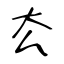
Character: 厺